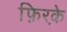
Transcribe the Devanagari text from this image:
फ़िरके़